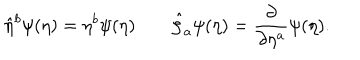
\hat { \eta } ^ { b } \psi ( \eta ) = \eta ^ { b } \psi ( \eta ) \qquad \hat { \zeta } _ { a } \psi ( \eta ) = \frac { \partial } { \partial \eta ^ { a } } \psi ( \eta ) .